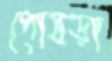
পোষড়া